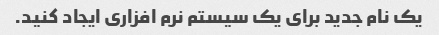
یک نام جدید برای یک سیستم نرم افزاری ایجاد کنید.